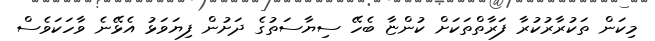
މިކަން ތަކުރާރުކުރާ ފަރާތްތަކަށް ކުންޏާ ބެހޭ ސިޔާސަތުގެ ދަށުން ފިޔަވަޅު އެޅޭނެ ވާހަކަވެސް